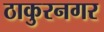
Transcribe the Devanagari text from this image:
ठाकुरनगर